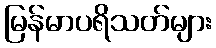
မြန်မာပရိသတ်များ